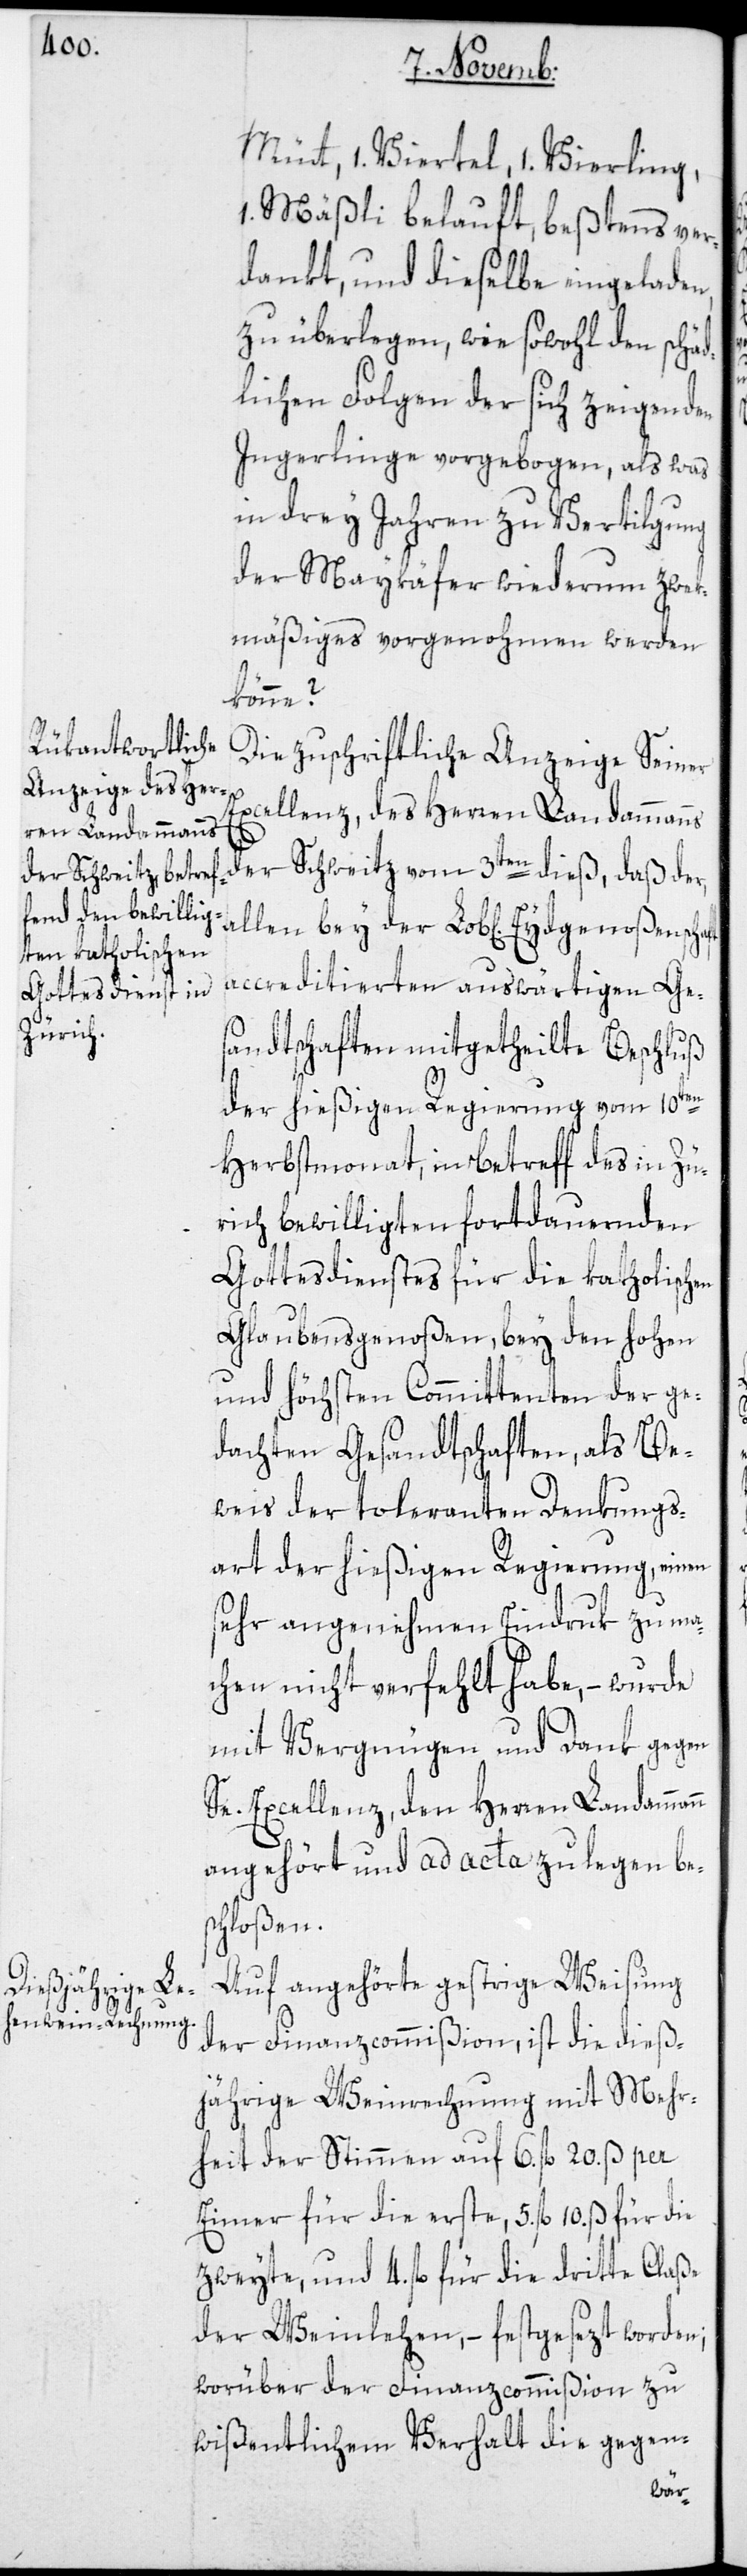
Mütt, 1. Viertel, 1. Vierling,
Mäßli belauft, beßtens ver¬
dankt, und dieselbe eingeladen,
zu überlegen, wie sowohl den schäd¬
lichen Folgen der sich zeigenden
Ingerlinge vorgebogen, als was
in drey Jahren zu Vertilgung
der Maykäfer wiederum zwek¬
mäßiges vorgenohmen werden
könne?
Die zuschriftliche Anzeige Seiner
Excellenz, den Herren Landammann
der Schweitz vom 3ten dieß, daß der
accreditierten auswärtigen Ge¬
sandtschaften mitgetheilte Beschluß
der hießigen Regierung vom 10ten
Herbstmonat, in Betreff des in Zü¬
rich bewilligten fortdauernden
Gottesdienstes für die katholischen
Glaubensgenoßen, bey den hohen
und höchsten Committenten der ge¬
dachten Gesandtschaften, als Be¬
weis der toleranten Denkungs¬
art der hießigen Regierung, einen
sehr angenehmen Eindruk zu ma¬
chen nicht verfehlt habe, – wurde
mit Vergnügen und Dank gegen
angehört und ad acta zu legen be¬
schloßen.
Auf angehörte gestrige Weisung
der Finanzcommißion, ist die dieß¬
jährige Weinrechnung mit Mehr¬
heit der Stimmen auf 6. fl. 20. ß per
Eimer für die erste, 5. fl. 10. ß für die
zweyte, und 4. fl. für die dritte Claße
der Weinlehen, – festgesezt worden;
worüber der Finanzcommißion zu
wißentlichem Verhalt die gegen-
der